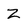
Character: Z